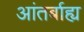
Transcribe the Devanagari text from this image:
आंतर्बाह्य